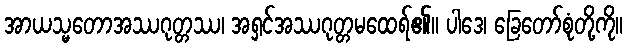
အာယသ္မတောအဿဂုတ္တဿ၊ အရှင်အဿဂုတ္တမထေရ်၏။ ပါဒေ၊ ခြေတော်စုံတို့ကို။